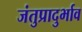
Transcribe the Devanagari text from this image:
जंतुप्रादुर्भाव